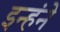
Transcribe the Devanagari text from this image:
इन्हंने